Report of the Bombay Plague Committee
Disease focus: Plague
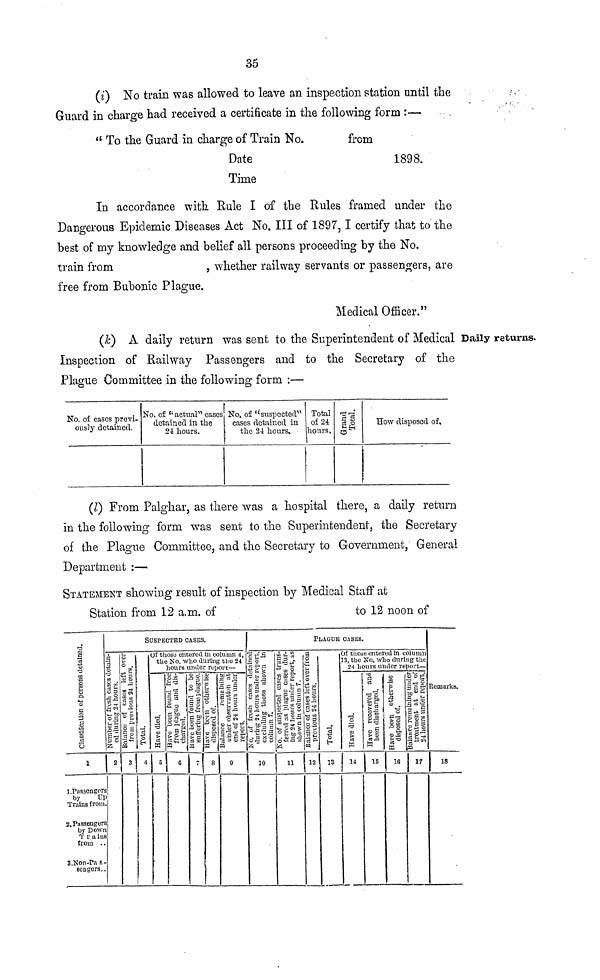
35
(i) No train was allowed to leave an inspection station until the
Guard in charge had received a certificate in the following form :—
"To the Guard in charge of Train No.
from
Date
1898.
Time
In accordance with Rule I of the Rules framed under the
Dangerous Epidemic Diseases Act No. III of 1897, I certify that to the
best of my knowledge and belief all persons proceeding by the No.
train from
, whether railway servants or passengers, are
free from Bubonic Plague.
Medical Officer."
(k) A daily return was sent to the Superintendent of Medical Daily returns.
Inspection of Railway Passengers and to the Secretary of the
Plague Committee in the following form :—
No of casos previ-
onsly detained
No of "actual" cases
detained in the
24 hours
No. of "suspected 111
cises detuned in.
the 24 horns.
Total
of 24
houis,
S O
How disposed of.
(l) From Palghar, as there was a hospital there, a daily return
in the following form was sent to the Superintendent, the Secretary
of the Plague Committee, and the Secretary to Government, General
Department :—
STATEMENT showing result of inspection by Medical Staff at
Station from 12 a.m. of
to 12 noon of
ë ?
'S
1
•3
a
o
ta
c
Ö
1
1 Passengers
by
Ul
Trains fiom
2. Passengers
by Down
'] u ms
îi oui
3 Non-fa s -
BODgeiS
¿ i
3 i
1 Nmnbei of íitsh c ises ti
1 etl (lining 24 horns _
2
Bal meo of c ibes left
| fiom picuoub 24 lion:
3
SusrrciED CASES
'S
A
Of those enteied m tolumi 4
the Iso who duim n tlic 24
•3
S
w
0
hoius ivndei ltpoit—
H wo bten found fice 1
fiom 1>1 iguo ¿ml (lib
C
£ °¿
o
> &
7
uve Dctn otueiwibe
disposed of
!
8
3 rg
- HO
aj
^)
uro
•33(Cri
cq
9
S °o
S ""
J S 2
£ o* 3
¿i "
10
W H
-j
S5 • »
Sí 2
§ §3 §°
Z bijc
O) ^3 ^3
11
PLÍGDE
a
o l
**-t
o
to o
12
O
H
13
CASES.
Of thOaet-nteibdin column
13, the lío. WÜO duinig tht
¿4 liouisniidei íepoit—
•a
u
•5
s
14
Have íecoveicd inri
been disobliged
15
Have been otheuMí>e
disposed of
16
" S
S-S °?
^5
aa
17
îemaiks
18